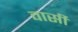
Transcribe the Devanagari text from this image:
वार्सी